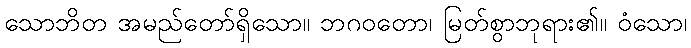
သောဘိတ အမည်တော်ရှိသော။ ဘဂဝတော၊ မြတ်စွာဘုရား၏။ ဝံသော၊